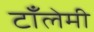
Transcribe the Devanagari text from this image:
टाँलेमी